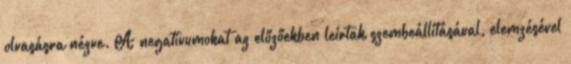
olvasásra nézve. A negatívumokat az előzőekben leírtak szembeállításával, elemzésével